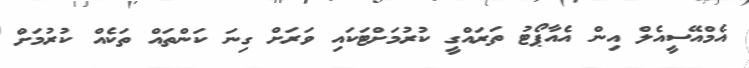
އެމްއޭސީއެލް އިން އެއާޕޯޓު ތަރައްގީ ކުރުމަށްޓަކައި ވަރަށް ގިނަ ކަންތައް ތަކެއް ކުރުމަށް